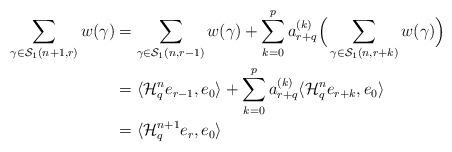
LaTeX: \begin{align*}\sum_{\gamma\in\mathcal{S}_{1}(n+1,r)}w(\gamma) & =\sum_{\gamma\in\mathcal{S}_{1}(n,r-1)}w(\gamma)+\sum_{k=0}^{p}a_{r+q}^{(k)}\Big(\sum_{\gamma\in\mathcal{S}_{1}(n,r+k)} w(\gamma)\Big)\\& =\langle\mathcal{H}_{q}^{n} e_{r-1},e_{0}\rangle+\sum_{k=0}^{p}a_{r+q}^{(k)}\langle\mathcal{H}_{q}^{n} e_{r+k},e_{0}\rangle\\& =\langle\mathcal{H}_{q}^{n+1} e_{r},e_{0}\rangle\end{align*}